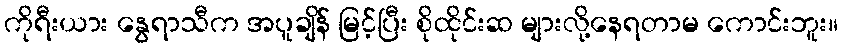
ကိုရီးယား နွေရာသီက အပူချိန် မြင့်ပြီး စိုထိုင်းဆ များလို့နေရတာမ ကောင်းဘူး။